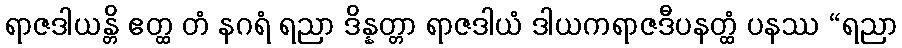
ရာဇဒါယန္တိ ဧတ္ထ တံ နဂရံ ရညာ ဒိန္နတ္တာ ရာဇဒါယံ ဒါယကရာဇဒီပနတ္ထံ ပနဿ “ရညာ